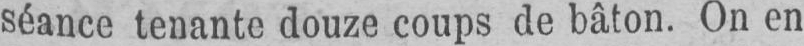
séance tenante douze coups de bâton. On en